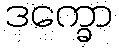
ဒက္ခော